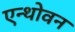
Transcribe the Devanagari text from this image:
एन्थोवन